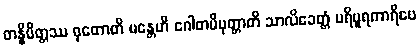
တန္နိမိတ္တဿ ဓုတောတိ မန္တေဟိ ဂေါတမိပုတ္တာတိ သာလိခေတ္တံ ပရိပူရကာရီပေ